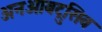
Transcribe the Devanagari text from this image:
अनओबट्रुसिव